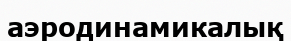
аэродинамикалық